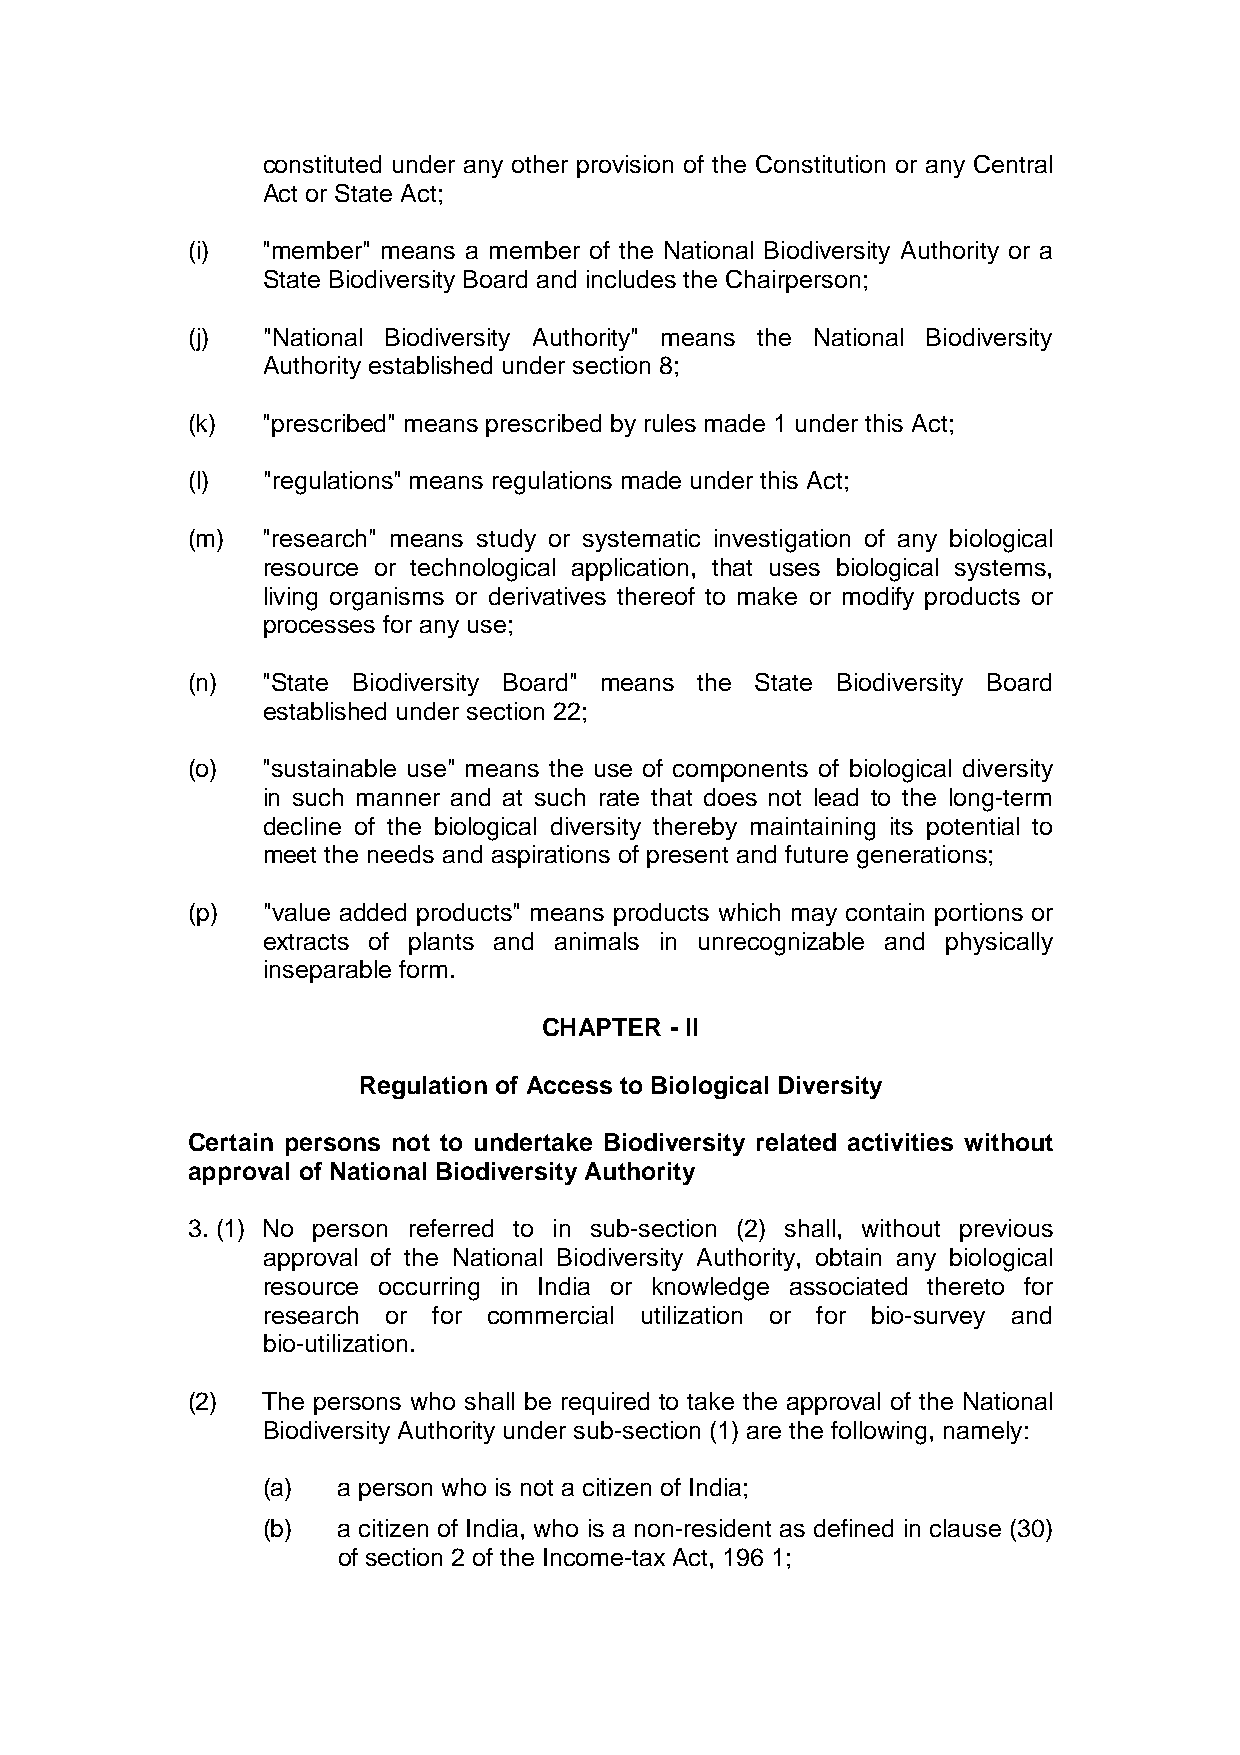
constituted under any other provision of the Constitution or any Central
 Act or State Act;
 (i)  "member" means a member of the National Biodiversity Authority or a
 State Biodiversity Board and includes the Chairperson;
 (j)  "National Biodiversity Authority" means the National Biodiversity
 Authority established under section 8;
 (k)  "prescribed" means prescribed by rules made 1 under this Act;
 (l)  "regulations" means regulations made under this Act;
 (m)  "research" means study or systematic investigation of any biological
 resource or technological application, that uses biological systems,
 living organisms or derivatives thereof to make or modify products or
 processes for any use;
 (n)  "State Biodiversity Board" means the State Biodiversity Board
 established under section 22;
 (o)  "sustainable use" means the use of components of biological diversity
 in such manner and at such rate that does not lead to the long-term
 decline of the biological diversity thereby maintaining its potential to
 meet the needs and aspirations of present and future generations;
 (p)  "value added products" means products which may contain portions or
 extracts of plants and animals in unrecognizable and physically
 inseparable form.
 CHAPTER - II
 Regulation of Access to Biological Diversity
 Certain persons not to undertake Biodiversity related activities without
 approval of National Biodiversity Authority
 3. (1) No person referred to in sub-section (2) shall, without previous
 approval of the National Biodiversity Authority, obtain any biological
 resource occurring in India or knowledge associated thereto for
 research or for commercial utilization or for bio-survey and
 bio-utilization.
 (2)  The persons who shall be required to take the approval of the National
 Biodiversity Authority under sub-section (1) are the following, namely:
 (a)  a person who is not a citizen of India;
 (b)  a citizen of India, who is a non-resident as defined in clause (30)
 of section 2 of the Income-tax Act, 196 1;